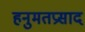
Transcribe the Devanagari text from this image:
हनुमतप्रसाद